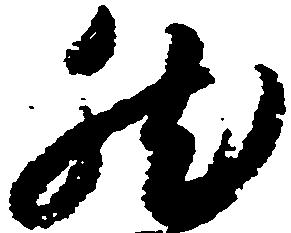
然